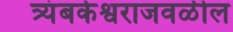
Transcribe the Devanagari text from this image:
त्र्यंबकेश्वराजवळील